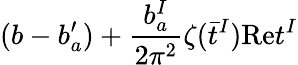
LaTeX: (b-b_{a}^{\prime})+{\frac{b_{a}^{I}}{2\pi^{2}}}\zeta(\bar{t}^{I})\mathrm{Re}t^{I}